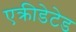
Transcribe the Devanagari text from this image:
एक्रीडेटेड